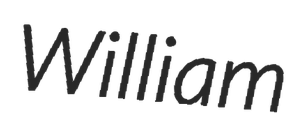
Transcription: William